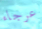
عرجاء